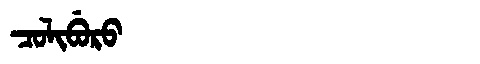
Manchu: ᠴᠣᠯᡳᠪᡠᡵᠣ
Romanization: COLIBURO